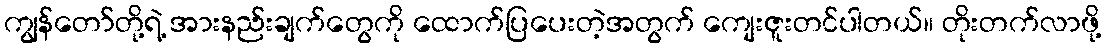
ကျွန်တော်တို့ရဲ့ အားနည်းချက်တွေကို ထောက်ပြပေးတဲ့အတွက် ကျေးဇူးတင်ပါတယ်။ တိုးတက်လာဖို့